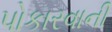
પોકારવાની